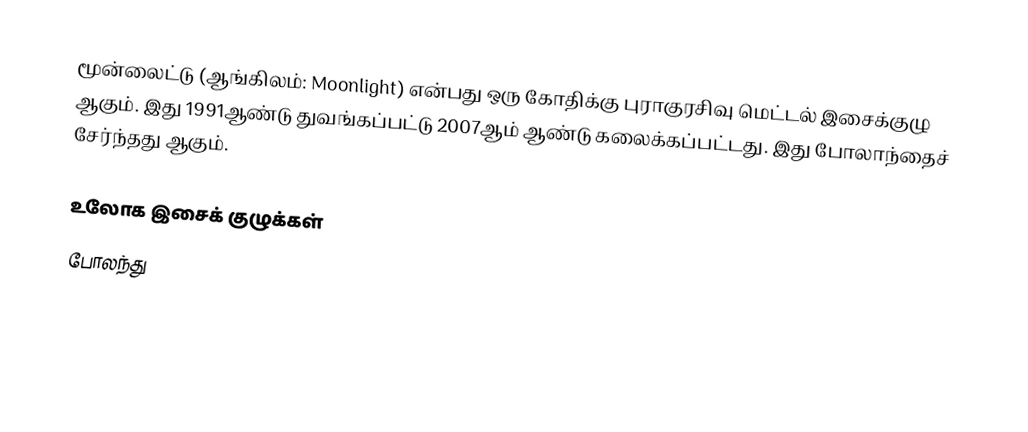
மூன்லைட்டு (ஆங்கிலம்: Moonlight) என்பது ஒரு கோதிக்கு புராகுரசிவு மெட்டல் இசைக்குழு ஆகும். இது 1991ஆண்டு துவங்கப்பட்டு 2007ஆம் ஆண்டு கலைக்கப்பட்டது. இது போலாந்தைச் சேர்ந்தது ஆகும்.

உலோக இசைக் குழுக்கள்
போலந்து